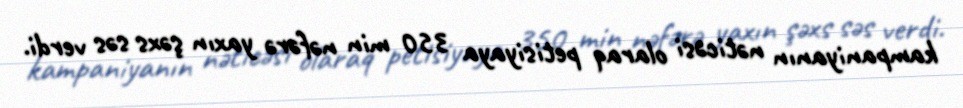
kampaniyanın nəticəsi olaraq petisiyaya 350 min nəfərə yaxın şəxs səs verdi.